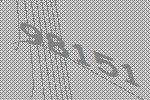
98151